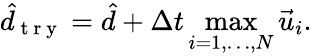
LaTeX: \hat{d}_{\mathrm{~t~r~y~}}=\hat{d}+\Delta t\operatorname*{max}_{i=1,\dots,N}\vec{u}_{i}.